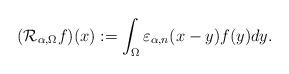
LaTeX: \begin{align*}(\mathcal{R}_{\alpha,\Omega}f)(x):=\int_\Omega \varepsilon_{\alpha,n}(x-y) f(y) dy.\end{align*}